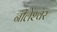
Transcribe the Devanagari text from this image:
नीलेश्‍वर